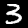
Digit: 3